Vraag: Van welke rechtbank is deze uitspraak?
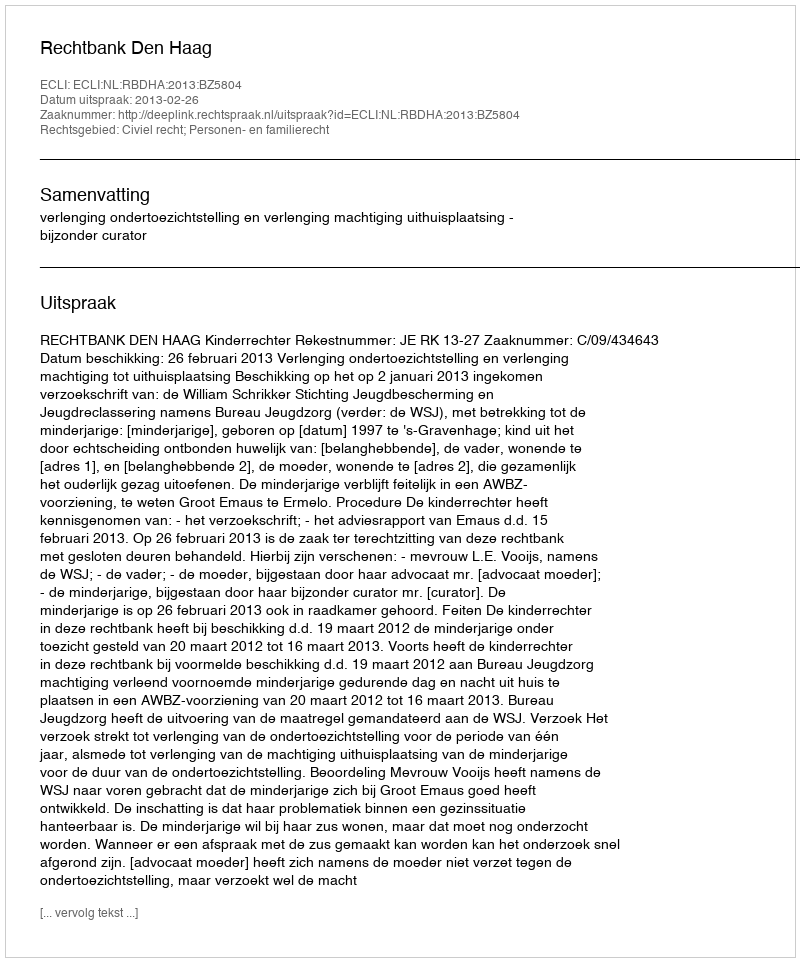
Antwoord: Rechtbank Den Haag